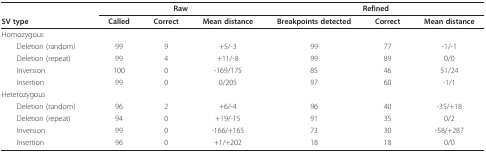
<table><thead><tr><td></td><td colspan="3"><b>Raw</b></td><td colspan="3"><b>Refined</b></td></tr><tr><td><b>SV type</b></td><td><b>Called</b></td><td><b>Correct</b></td><td><b>Mean distance</b></td><td><b>Breakpoints detected</b></td><td><b>Correct</b></td><td><b>Mean distance</b></td></tr></thead><tbody><tr><td>Homozygous</td><td></td><td></td><td></td><td></td><td></td><td></td></tr><tr><td> Deletion (random)</td><td>99</td><td>9</td><td>+5/-3</td><td>99</td><td>77</td><td>-1/-1</td></tr><tr><td> Deletion (repeat)</td><td>99</td><td>4</td><td>+11/-8</td><td>99</td><td>89</td><td>0/0</td></tr><tr><td> Inversion</td><td>100</td><td>0</td><td>-169/175</td><td>85</td><td>46</td><td>51/24</td></tr><tr><td> Insertion</td><td>99</td><td>0</td><td>0/205</td><td>97</td><td>60</td><td>-1/1</td></tr><tr><td>Heterozygous</td><td></td><td></td><td></td><td></td><td></td><td></td></tr><tr><td> Deletion (random)</td><td>96</td><td>2</td><td>+6/-4</td><td>96</td><td>40</td><td>-35/+18</td></tr><tr><td> Deletion (repeat)</td><td>94</td><td>0</td><td>+19/-15</td><td>91</td><td>35</td><td>0/2</td></tr><tr><td> Inversion</td><td>99</td><td>0</td><td>-166/+165</td><td>73</td><td>30</td><td>-58/+287</td></tr><tr><td> Insertion</td><td>96</td><td>0</td><td>+1/+202</td><td>18</td><td>18</td><td>0/0</td></tr></tbody></table>